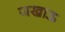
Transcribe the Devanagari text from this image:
जखाऊ